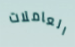
العاملات